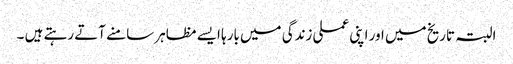
البتہ تاریخ میں اور اپنی عملی زندگی میں بارہا ایسے مظاہر سامنے آتے رہتے ہیں ۔